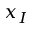
x _ { I }